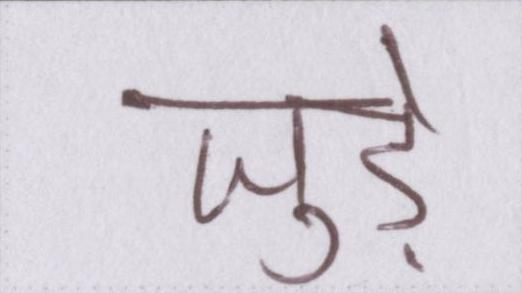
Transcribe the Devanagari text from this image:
जुडे़